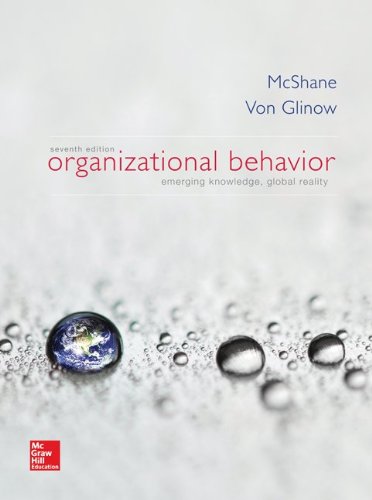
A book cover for Organizational Behavior; Steven McShane; Business & Money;